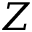
Z